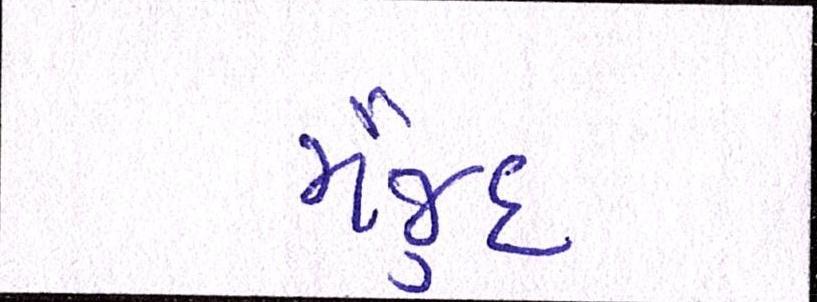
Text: મૌજુદ